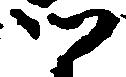
ツ